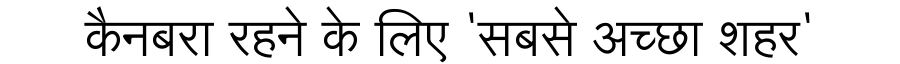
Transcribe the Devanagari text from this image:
कैनबरा रहने के लिए 'सबसे अच्छा शहर'